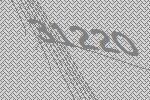
31220